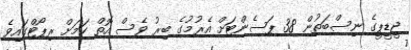
ޖީޑީޕީގެ ނިސްބަތުން 38 ޕަސެންޓަށް އެރުމުގެ ބިރު ވެސް އޮތް ކަމަށް ރިޕޯޓްގައިވެ